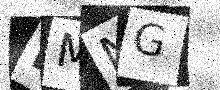
Text: NMNG